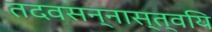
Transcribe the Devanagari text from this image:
तदवसन्नास्त्वयि